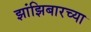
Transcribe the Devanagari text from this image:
झांझिबारच्या